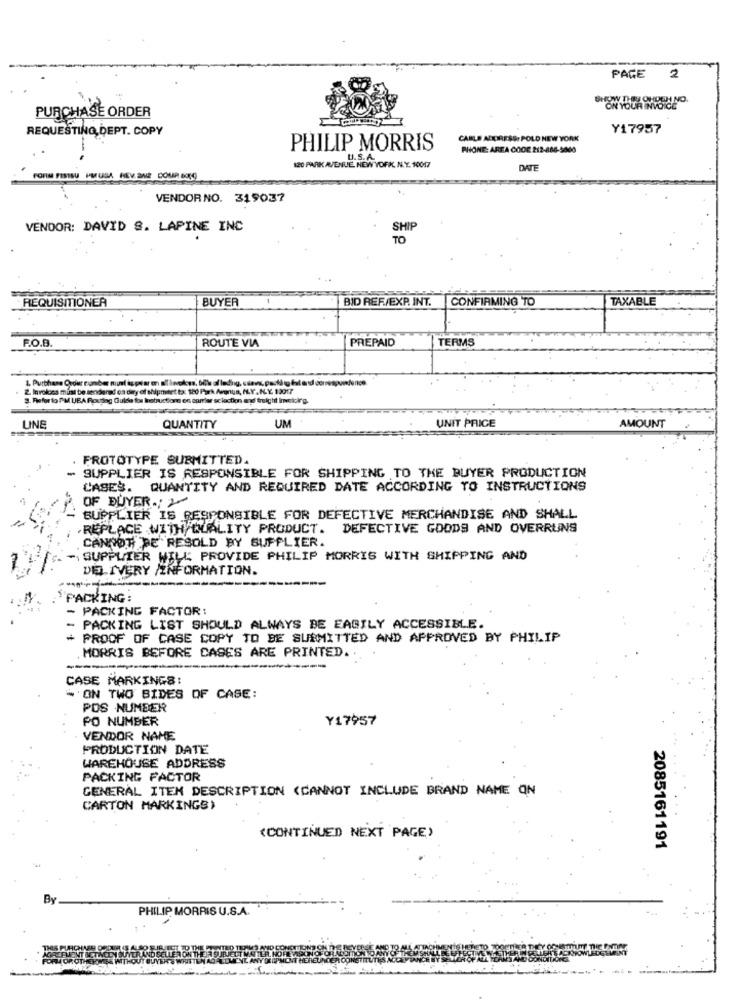
PAGE
2
SHOW THRY ONDO NO.
PURCHASE ORDER
ON YOUR INVOICE
REQUESTING, DEPT. COPY
Y17957
CABLE ADDRESS: POLD NEW YORK
PHILIP MORRIS
PHONE: AREA CODE 212-686-5000
U.S.A
120 PARK AVENUE, NEW YORK, N.Y. 10017
DATE
FORM FISTSU PLUSLA HEV BNL COMP GOK)
VENDORNO. 319037
VENDOR: DAVID &. LAPINE INC
SHIP
TO
REQUISITIONER
BUYER
BID REF/EXP. INT.
CONFIRMING TO
TAXABLE
F.O.B.
PREPAID
TERMS
ROUTE VIA
2. Invoices must be senderand os dey of shipmeet to: 120 Park Avenue, ALY. KLY2. 12017
S. Refor to IM UBA Roudag Guide for Instructions en carrier sclaction and freight Invekdir'g.
AMOUNT
LINE
QUANTITY
UM
UNIT PRICE
PROTOTYPE SUBMITTED.
- SUPPLIER IS RESPONSIBLE FOR SHIPPING TO THE BUYER PRODUCTION
CASES. QUANTITY AND REQUIRED DATE ACCORDING TO INSTRUCTIONS
OF BUYER .: 2
SUPPLIER IS RESPONSIBLE FOR DEFECTIVE MERCHANDISE AND SHALL
REPLACE WITH QUALITY PRODUCT. DEFECTIVE GOODS AND OVERRUNS
CANNOT BE RESOLD BY SUPPLIER.
SUPPLIER WILL PROVIDE PHILIP MORRIS WITH SHIPPING AND
DELIVERY /INFORMATION.
PACKING
- PACKING FACTOR:
- PACKING LIST SHOULD ALWAYS BE EASILY ACCESSIBLE.
+ PROOF OF CASE COPY TO BE SUBMITTED AND APPROVED BY PHILIP
MORRIS BEFORE CASES ARE PRINTED.
CASE MARKINGS:
" ON TWO SIDES OF CASE:
POS NUMBER
PO NUMBER
Y17957
VENDOR NAME
PRODUCTION DATE
WAREHOUSE ADDRESS
PACKING FACTOR
GENERAL ITEM DESCRIPTION (CANNOT INCLUDE BRAND NAME ON
CARTON MARKINGS)
(CONTINUED NEXT PAGE)
2085161191
By
PHILIP MORRIS U.S.A.